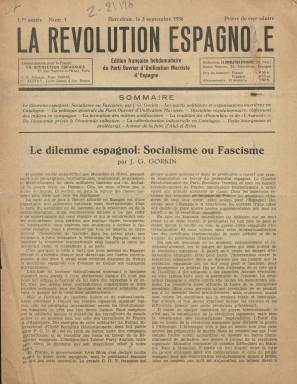
Título: La Révolution espagnole (Barcelona)
Colección: Guerra civil || Periódicos
Ámbito geográfico: Barcelona
Lugar de publicación: Barcelona
Fechas: 03/09/1936-28/10/1936

Periódico editado por el Partido Obrero de Unificación Marxista (POUM) en francés para recabar la ayuda de revolucionarios y fuerzas afines en Francia en la Guerra Civil española. La publicación comenzó a editarse al poco de iniciarse la guerra, siendo su primer número el de 3 de septiembre de 1936.

  El POUM era un partido fundado en 1935 que mantenía posiciones comunistas enfrentadas a las oficiales del Partido Comunista de la Unión Soviética. Era afín a Trotsky, líder de la revolución rusa enfrentado a Stalin y defensor de la revolución permanente. Tenía su implantación en Cataluña fundamentalmente, aunque había algunas ramas de la organización en otras provincias como Valencia y Madrid, en esta última muy minoritaria.

   La Biblioteca Nacional solo conserva cuatro números de esta publicación, que tenía periodicidad semanal, pero no parece que tuviera una larga vida debido a la creciente represión contra el partido por parte del Gobierno de la República y la Generalitat de Catalunya. Al estar enfrentado el POUM a Moscú y ser cada vez más dependiente el Gobierno de la República de la ayuda militar de la Unión Soviética, los comunistas españoles, obedientes a las consignas de Moscú, presionaron para lograr la desaparición del partido. Aliados con una parte de los anarquistas, los militantes del POUM sufrieron la represión conocida como los sucesos de mayo de 1937. Su líder, Andreu Nin, fue secuestrado por agentes soviéticos torturado y asesinado.

  Nada de esto había sucedido todavía cuando apareció el periódico al inicio de la Guerra Civil solicitando la ayuda de los revolucionarios franceses afines y criticando la posición de no intervención adoptada por el Gobierno de Francia, que actuaba en consonancia con el Gobierno británico.

   La Revolution Espagnole contaba con ocho páginas e incluía en una de ellas información gráfica, fundamentalmente fotografías de la lucha en el frente y de los líderes del partido. Aunque los textos están escritos siempre en francés, hojeando sus páginas se pueden encontrar expresiones en español de la propaganda republicana, como ‘Vencer o Morir’ y el más famoso lema ‘No pasarán’, adoptado en la defensa de Madrid.

  En el último número de los que posee la Biblioteca Nacional se puede ver algo curioso: un artículo escrito enteramente en español, con su traducción al francés, que es una reproducción del publicado por el periódico falangista Amanecer. El objeto de reproducir un artículo del enemigo era para hacer ver lo equivocado que éste estaba respecto al POUM. Efectivamente, la información falangista no era correcta: aludía a que se trataba de un partido ‘nutrido exclusivamente de extranjeros’ y a que estaba enfrentado a muerte con los anarquistas. ‘Quizá dentro de muy breve plazo entablarán una guerra franca en las calles de Barcelona’, señalaba.

   Aunque se equivocaba en cuanto a quien sería su rival, lo cierto es que se cumplió el augurio de los falangistas, quienes acertaron en ver que el POUM desaparecería en los enfrentamientos en Barcelona de 1937 conocidos como los sucesos de mayo.

[Descripción publicada el 17/08/2022]